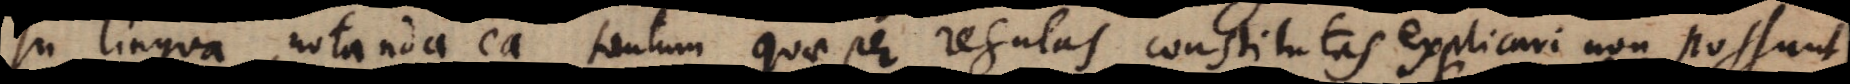
In lingua notanda ea tantum quae per regulas constitutas explicari non possunt,